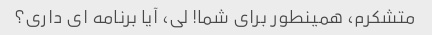
متشکرم، همینطور برای شما! لی، آیا برنامه ای داری؟